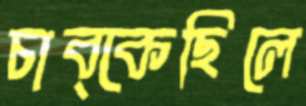
চাব্‌কেছিলে